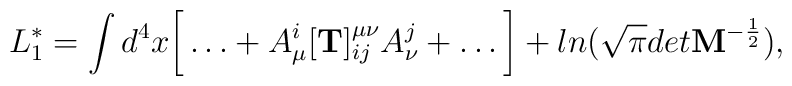
L^*_1 = \int d^4x \bigg[ \dots +  A^i_\mu [{\bf T}]^{\mu\nu}_{ij}A^j_\nu + \dots\bigg] +  ln (\sqrt\pi det {\bf M}^{-\frac 12}),